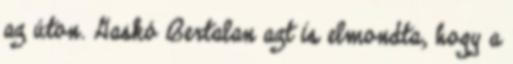
az úton. Gaskó Bertalan azt is elmondta, hogy a